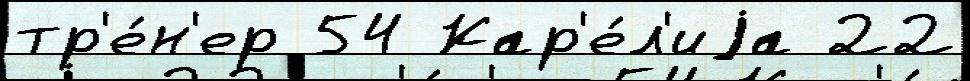
тр'е́н'ер 54 Кар'е́л'иjа 22